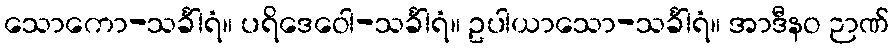
သောကော-သင်္ခါရံ။ ပရိဒေဝေါ-သင်္ခါရံ။ ဥပါယာသော-သင်္ခါရံ။ အာဒီနဝ ဉာဏ်